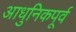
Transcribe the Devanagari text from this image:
आधुनिकपूर्व